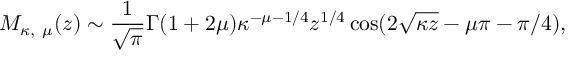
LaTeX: M _ { \kappa , \ \mu } ( z ) \sim { \frac { 1 } { \sqrt { \pi } } } \Gamma ( 1 + 2 \mu ) \kappa ^ { - \mu - 1 / 4 } z ^ { 1 / 4 } \cos ( 2 \sqrt { \kappa z } - \mu \pi - \pi / 4 ) ,